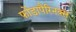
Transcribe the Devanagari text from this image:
फोंडापैरिनक्स